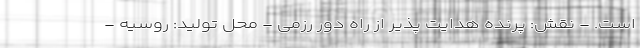
است. - نقش: پرنده هدایت پذیر از راه دور رزمی - محل تولید: روسیه -